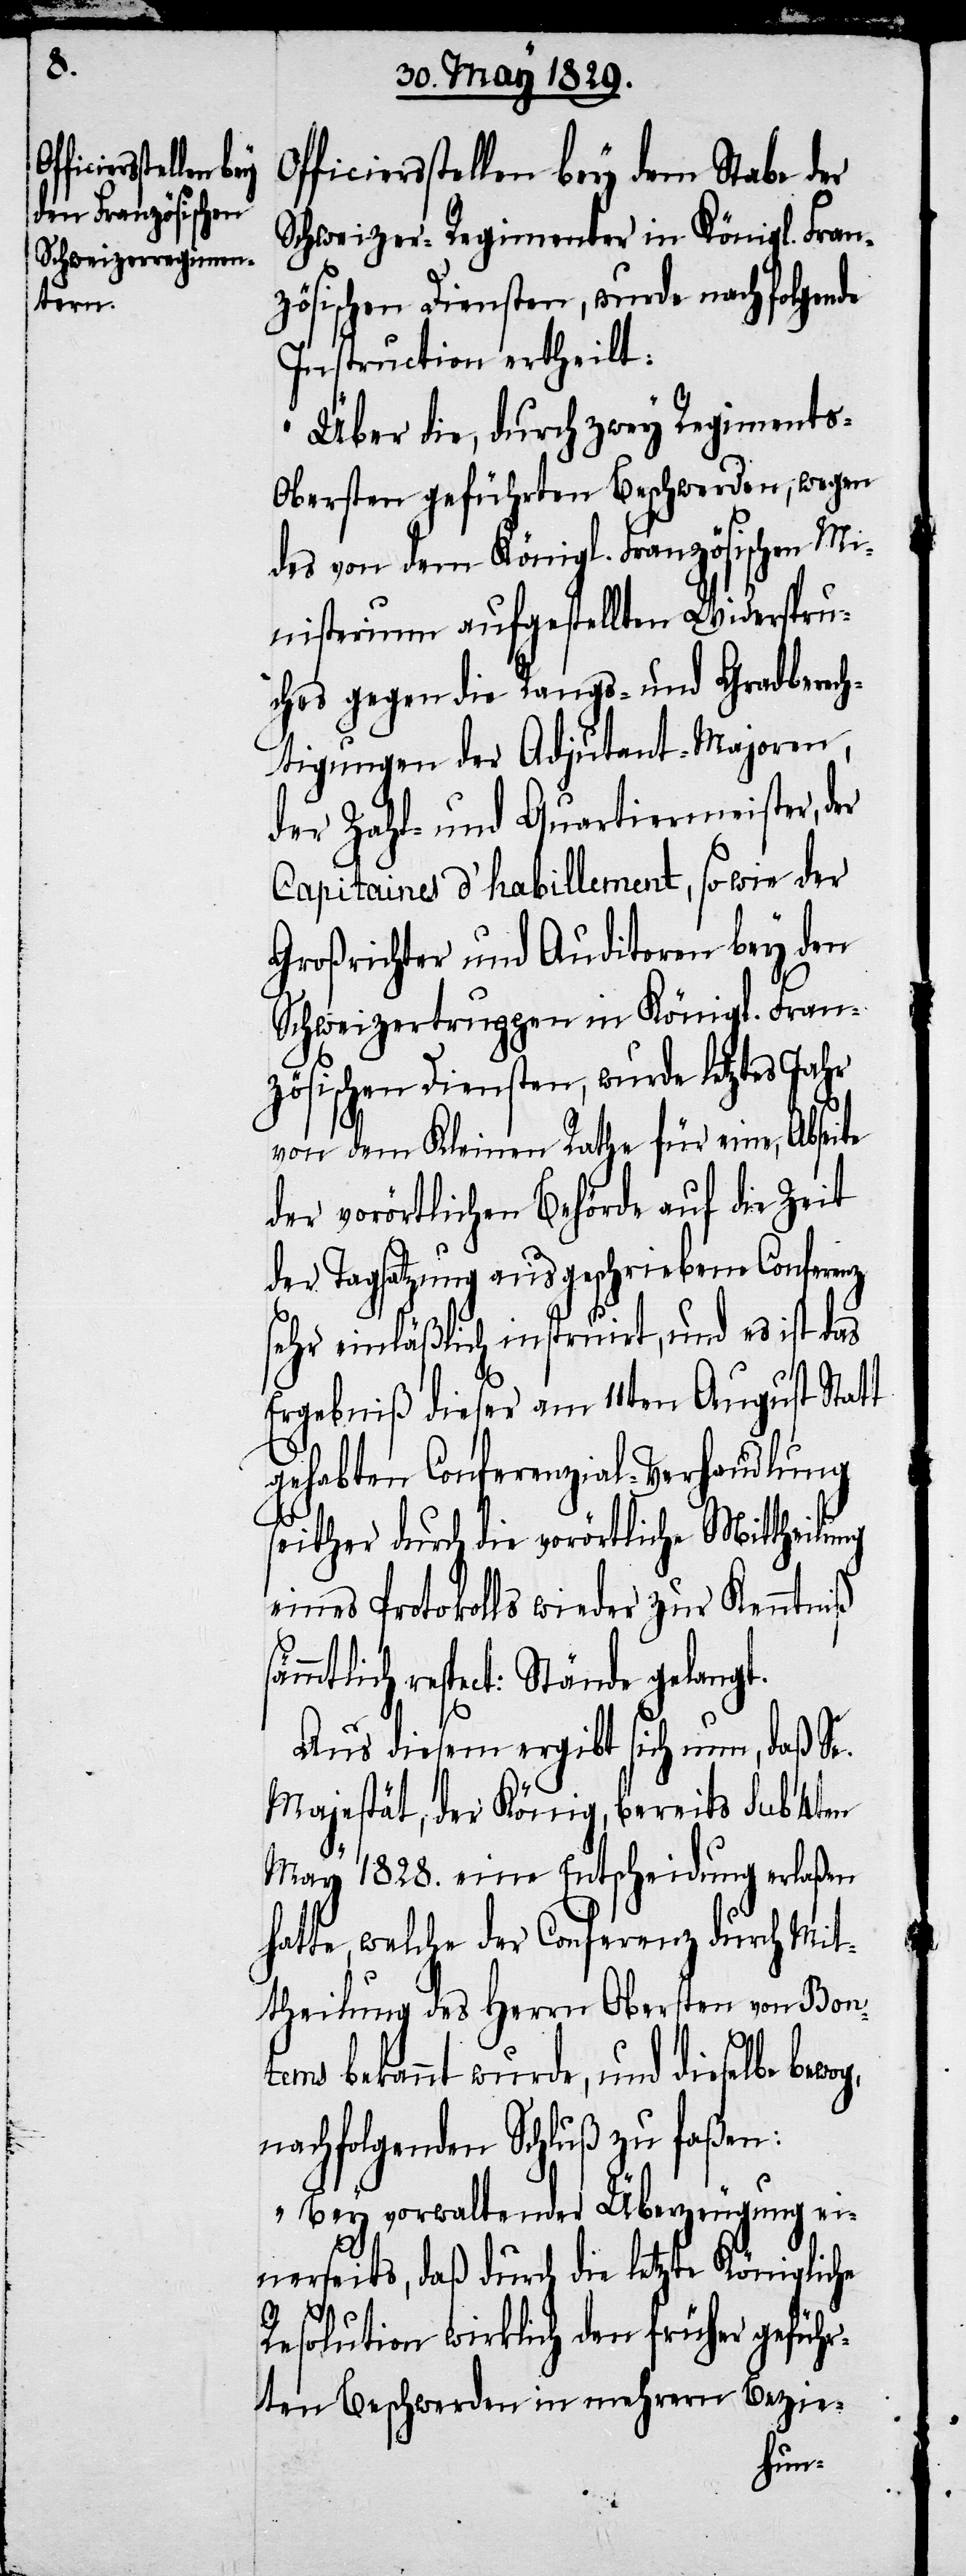
Of¬
sämmtlich re¬

ficiersstellen bey dem Stabe der
Schweizer-Regimenter in Königl. Fran¬
zösischen Diensten, wurde nachfolgende
Instruction ertheilt:
„Über die, durch zwey Regiments-O¬
bersten geführten Beschwerden, wegen
des von dem Königl. Französischen Mi¬
nisterium aufgestellten Widerspru¬
ches gegen die Rangs- und Grandberech¬
tigungen der Adjutant-Majoren,
der Zahl- und Quartiermeister, der
Capitaines d’habillement, sowie der
Großrichter und Auditoren bey den
Schweizertruppen in Königl. Fran¬
zösischen Diensten, wurde letztes Jahr
von dem Kleinen Rathe für eine, Abseite
der vorörtlichen Behörde auf die Zeit
der Tagsatzung ausgeschriebene Conferenz
sehr einläßlich instruirt, und es ist das
Ergebniß dieser am 11ten August Statt
gehabten Conferenzial-Verhandlung
seither durch die vorörtliche Mittheilung
eines Protokolls wieder zur Kenntniß
sptect: Stände gelangt.
Aus diesem ergibt sich nun, daß Se.
Majestät, der König, bereits sub 4ten
May 1828. eine Entscheidung erlaßen
hatte, welche der Conferenz durch Mit¬
theilung des Herrn Obersten von Bon¬
tems bekannt wurde, und dieselbe
nachfolgenden Schluß zu faßen:
„Bey vorwaltender Überzeugung ei¬
nerseits, daß durch die letzte Königliche
Resolution wirklich den früher geführ¬
ten Beschwerden in mehrern Bezie-